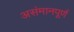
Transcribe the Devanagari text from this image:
असंमानपूर्ण